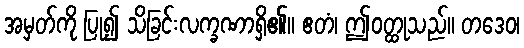
အမှတ်ကို ပြု၍ သိခြင်းလက္ခဏာရှိ၏။ ဧတံ၊ ဤဝတ္ထုသည်။ တဒေဝ၊